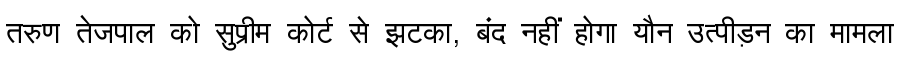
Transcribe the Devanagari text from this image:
तरुण तेजपाल को सुप्रीम कोर्ट से झटका, बंद नहीं होगा यौन उत्पीड़न का मामला